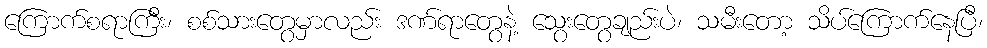
ကြောက်စရာကြီး၊ စစ်သားတွေမှာလည်း ဒဏ်ရာတွေနဲ့ သွေးတွေချည်းပဲ၊ သမီးတော့ သိပ်ကြောက်နေပြီ၊